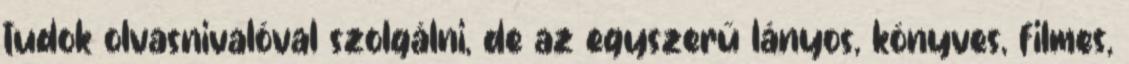
tudok olvasnivalóval szolgálni, de az egyszerű lányos, könyves, filmes,